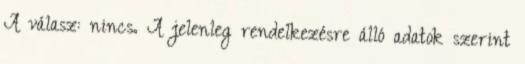
A válasz: nincs. A jelenleg rendelkezésre álló adatok szerint